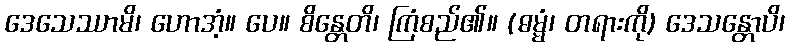
ဒေသေဿာမိ၊ ဟောအံ့။ ပေ။ စိန္တေတိ၊ ကြံစည်၏။ (ဓမ္မံ၊ တရားကို) ဒေသန္တောပိ၊